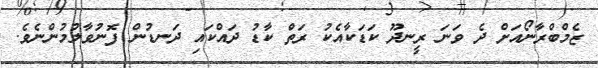
ޒެމްބްރާނޯއަށް ދެ ވަނަ ރީނދޫ ކަޑަކާއެކު ރަތް ކާޑު ދައްކައި ދަނޑުން ފޮނުވާލުމުންނެވެ.